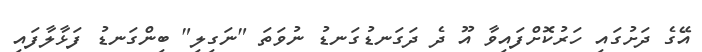
އޭގެ ދަށުގައި ހަރުކޮށްފައިވާ އޫ ދެ ދަގަނޑުގަނޑު ނުވަތަ "ނަގިލި" ބިންގަނޑު ފަޅާލާފައި